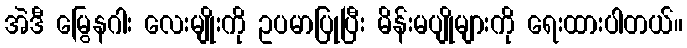
အဲဒီ မြွေနဂါး လေးမျိုးကို ဥပမာပြုပြီး မိန်းမပျိုများကို ရေးထားပါတယ်။